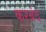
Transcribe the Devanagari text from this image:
करबंद